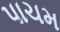
પાચમ